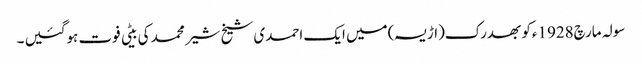
سولہ مارچ1928ءکو بھدرک(اڑیسہ)میں ایک احمدی شیخ شیر محمد کی بیٹی فوت ہوگئیں ۔